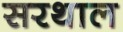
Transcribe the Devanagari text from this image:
सरथाल